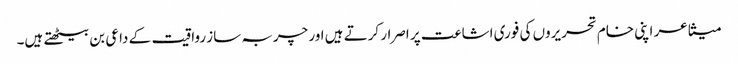
متشاعر اپنی خام تحریروں کی فوری اشاعت پر اصرار کرتے ہیں اور چربہ ساز رواقیت کے داعی بن بیٹھتے ہیں۔